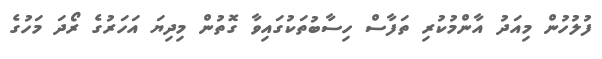
ފުލުހުން މިއަދު އާންމުކުރި ތަފާސް ހިސާބުތަކުގައިވާ ގޮތުން މިދިޔަ އަހަރުގެ ރޯދަ މަހުގެ